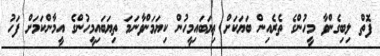
ފޮތް ލިބިގެންވާ މީހުންގެ ތެރެއިން ބަޔަކަށް ތިޔަބައިމީހުން ކިޔަމަންވާނަމަ ތިޔަބައިމީހުންގެ އީމާންކަމަށް ފަހު